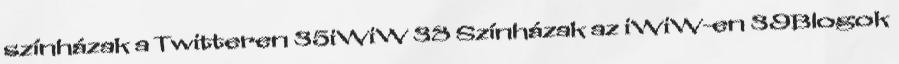
színházak a Twitteren 35iWiW 38 Színházak az iWiW-en 39Blogok